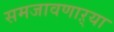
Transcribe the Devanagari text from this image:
समजावणाऱ्या